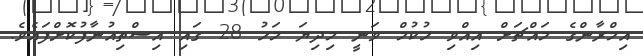
އިމްރާންގެ މައްޗަށް އިއްވި ހުކުމް ވަނީ މިދިޔަ މަހު 28 ގައި އިސްތިއުނާފުކޮށްފައެވެ.